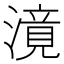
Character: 𣽾